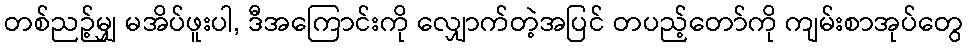
တစ်ညဉ့်မျှ မအိပ်ဖူးပါ, ဒီအကြောင်းကို လျှောက်တဲ့အပြင် တပည့်တော်ကို ကျမ်းစာအုပ်တွေ